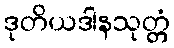
ဒုတိယဒါနသုတ္တံ